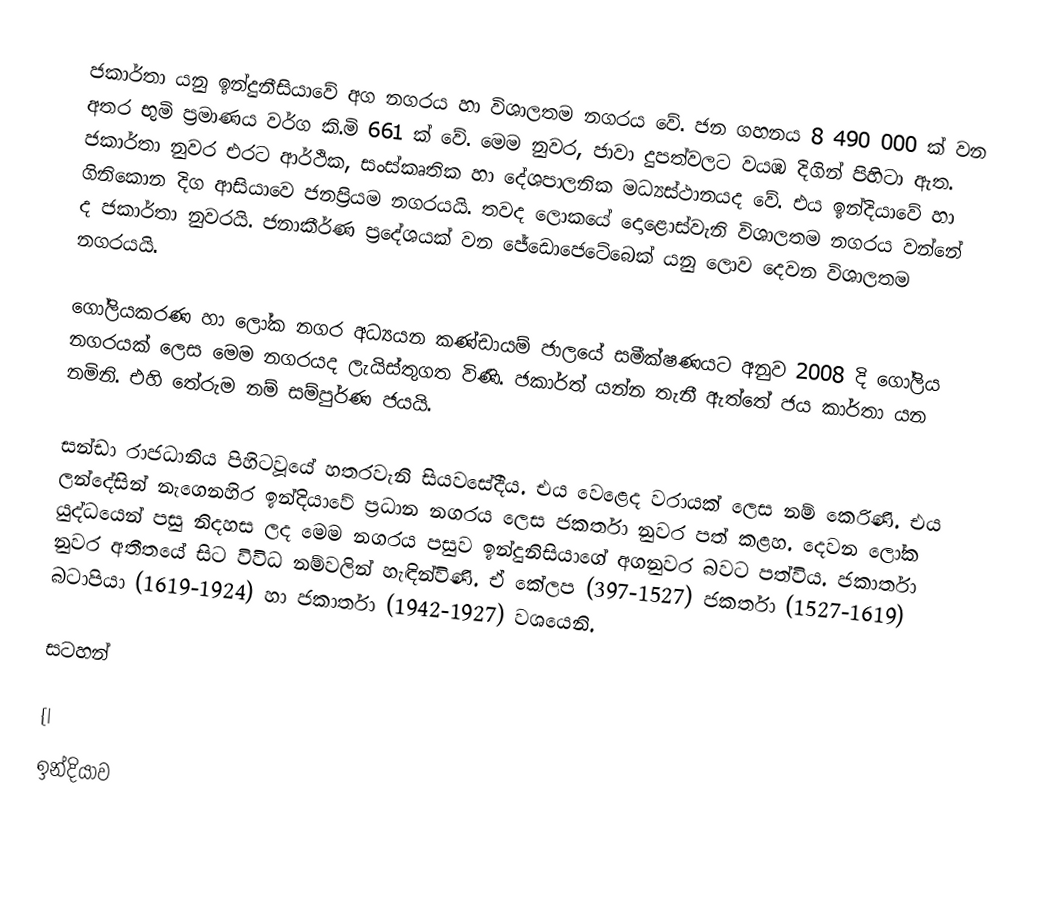
ජකාර්තා යනු ඉන්දුනීසියාවේ අග නගරය හා විශාලතම නගරය වේ. ජන ගහනය 8 490 000 ක් වන අතර භුමි ප්‍රමාණය වර්ග කි.මි 661 ක් වේ. මෙම නුවර, ජාවා දුපත්වලට වයඹ දිගින් පිහිටා ඇත. ජකාර්තා නුවර එරට ආර්ථික, සංස්කෘතික හා දේශපාලනික මධ්‍යස්ථානයද වේ. එය ඉන්දියාවේ හා ගිනිකොන දිග ආසියාවෙ ජනප්‍රියම නගරයයි. තවද ලොකයේ දොළොස්වැනි විශාලතම නගරය වන්නේ ද ජකාර්තා නුවරයි. ජනාකීර්ණ ප්‍රදේශයක් වන ජේඩොජෙටේබෙක් යනු ලොව දෙවන විශාලතම නගරයයි.

ගෝලියකරණ හා ලෝක නගර අධ්‍යයන කණ්ඩායම් ජාලයේ සමීක්ෂණයට අනුව 2008 දි ගෝලිය නගරයක් ලෙස මෙම නගරයද ලැයිස්තුගත විණි. ජකාර්ත් යන්න තැනී ඇත්තේ ජය කාර්තා යන නමිනි. එහි තේරුම නම් සම්පුර්ණ ජයයි.

සන්ඩා රාජධානිය පිහිටවූයේ හතරවැනි සියවසේදීය. එය වෙළෙද වරායක් ලෙස නම් කෙරිණි. එය ලන්දේසින් නැගෙනහිර ඉන්දියාවේ ප්‍රධාන නගරය ලෙස ජකර්තා නුවර පත් කළහ. දෙවන ලෝක යුද්ධයෙන් පසු නිදහස ලද මෙම නගරය පසුව ඉන්දුනිසියාගේ අගනුවර බවට පත්විය. ජකාර්තා නුවර අතීතයේ සිට විවිධ නම්වලින් හැඳින්විණි. ඒ කේලප (397-1527) ජකර්තා (1527-1619) බටාපියා (1619-1924) හා ජකාර්තා (1942-1927) වශයෙනි.

සටහන්

{|
ඉන්දියාව